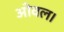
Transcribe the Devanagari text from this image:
ओवल।